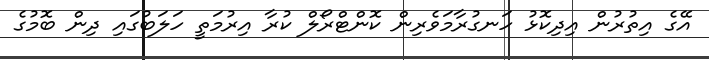
އޭގެ އިތުރުން އިދިކޮޅު ހަނގުރާމަވެރިން ކޮންޓްރޯލް ކުރާ އިރުމަތީ ހަލަބުގައި ދިން ބޮމުގެ